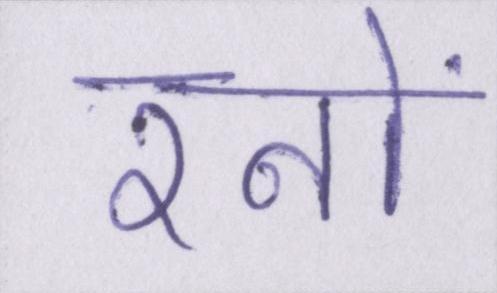
रनों